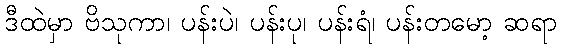
ဒီထဲမှာ ဗိသုကာ၊ ပန်းပဲ၊ ပန်းပု၊ ပန်းရံ၊ ပန်းတမော့ ဆရာ